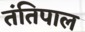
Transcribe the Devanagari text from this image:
तंतिपाल